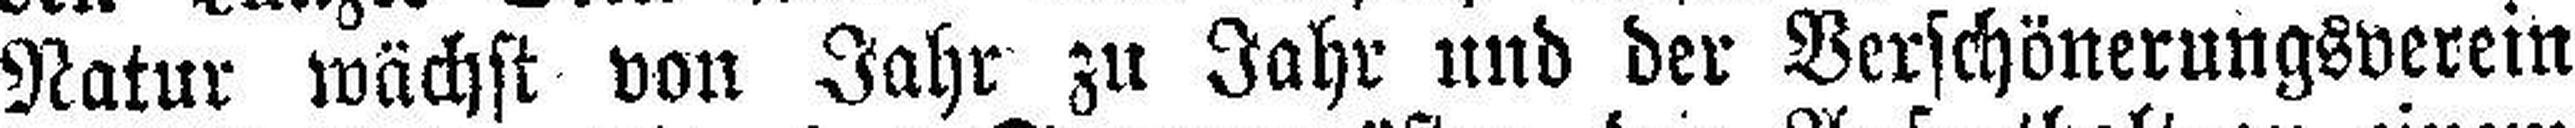
Natur wächst von Jahr zu Jahr und der Verschönerungsverein